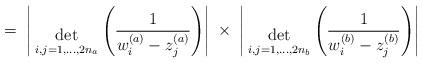
LaTeX: \begin{align*}= \;\Bigg| { \; \atop { \mbox{det} \atop {\scriptstyle i,j=1,...,2n_a} } }\Bigg(\frac{1}{w^{(a)}_i - z^{(a)}_j} \Bigg) \Bigg| \; \times \;\Bigg| { \; \atop { \mbox{det} \atop {\scriptstyle i,j=1,...,2n_b} } }\Bigg(\frac{1}{w^{(b)}_i - z^{(b)}_j} \Bigg) \Bigg|\end{align*}